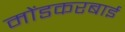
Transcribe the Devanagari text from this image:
मोंडकरबाई